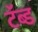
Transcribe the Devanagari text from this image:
टॅब्ड